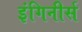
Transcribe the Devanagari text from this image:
इंगिनीर्स